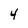
Character: 4